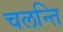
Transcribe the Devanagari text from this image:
चलन्ति